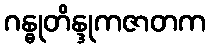
ဂန္ဓုတိန္ဒုကဇာတက